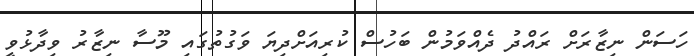
ހަސަން ނިޒާރަށް ރައްދު ދެއްވަމުން ބަހުސް ކުރިއަށްދިޔަ ވަގުތުގައި މޫސާ ނިޒާރު ވިދާޅުވީ